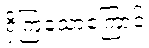
ရှိကြသောကြောင့်